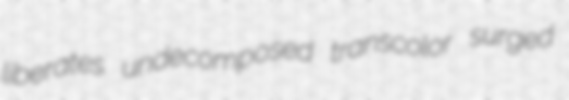
liberates undecomposed transcolor surged